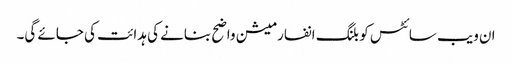
ان ویب سائٹس کو بلنگ انفارمیشن واضح بنانے کی ہدائت کی جائے گی۔